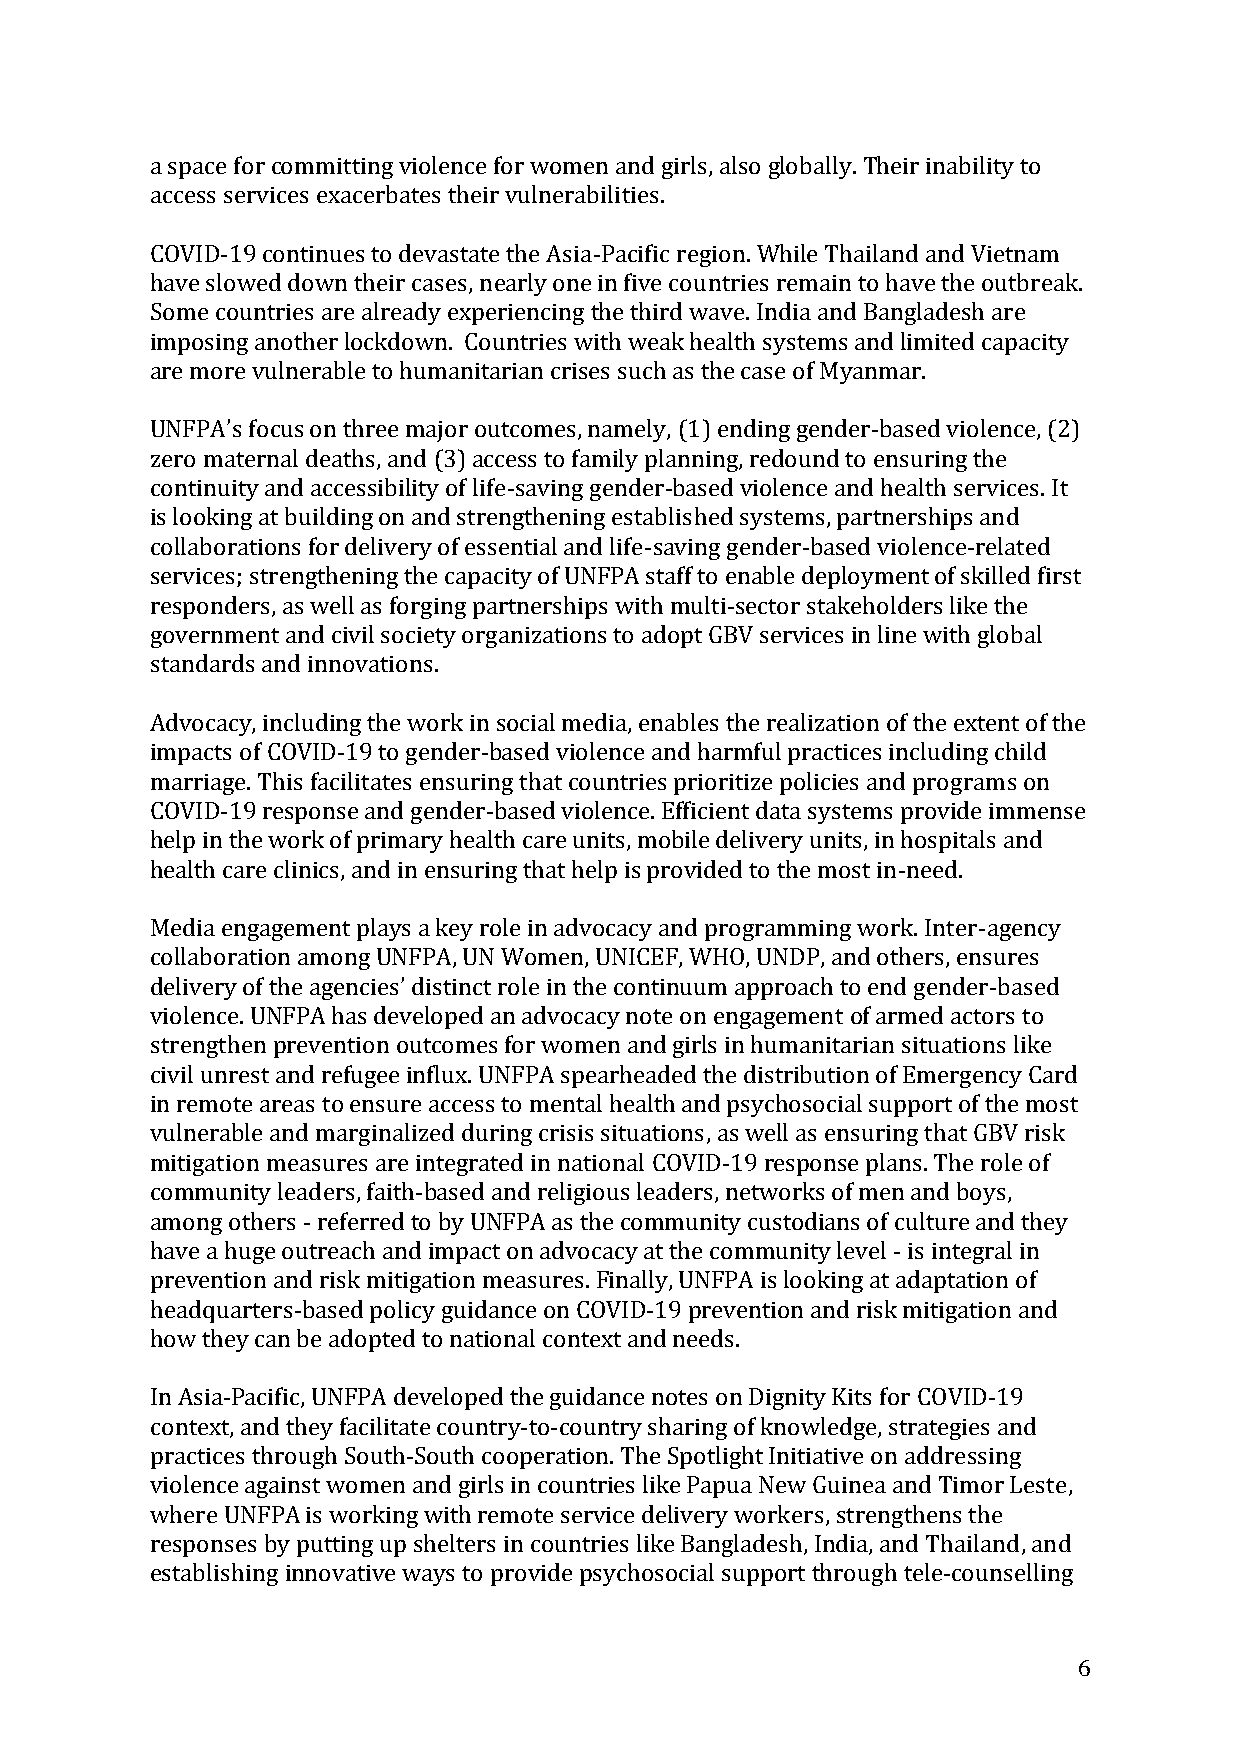
a space for committing violence for women and girls, also globally. Their inability to
 access services exacerbates their vulnerabilities.
 COVID-19 continues to devastate the Asia-Pacific region. While Thailand and Vietnam
 have slowed down their cases, nearly one in five countries remain to have the outbreak.
 Some countries are already experiencing the third wave. India and Bangladesh are
 imposing another lockdown. Countries with weak health systems and limited capacity
 are more vulnerable to humanitarian crises such as the case of Myanmar.
 UNFPA’s focus on three major outcomes, namely, (1) ending gender-based violence, (2)
 zero maternal deaths, and (3) access to family planning, redound to ensuring the
 continuity and accessibility of life-saving gender-based violence and health services. It
 is looking at building on and strengthening established systems, partnerships and
 collaborations for delivery of essential and life-saving gender-based violence-related
 services; strengthening the capacity of UNFPA staff to enable deployment of skilled first
 responders, as well as forging partnerships with multi-sector stakeholders like the
 government and civil society organizations to adopt GBV services in line with global
 standards and innovations.
 Advocacy, including the work in social media, enables the realization of the extent of the
 impacts of COVID-19 to gender-based violence and harmful practices including child
 marriage. This facilitates ensuring that countries prioritize policies and programs on
 COVID-19 response and gender-based violence. Efficient data systems provide immense
 help in the work of primary health care units, mobile delivery units, in hospitals and
 health care clinics, and in ensuring that help is provided to the most in-need.
 Media engagement plays a key role in advocacy and programming work. Inter-agency
 collaboration among UNFPA, UN Women, UNICEF, WHO, UNDP, and others, ensures
 delivery of the agencies’ distinct role in the continuum approach to end gender-based
 violence. UNFPA has developed an advocacy note on engagement of armed actors to
 strengthen prevention outcomes for women and girls in humanitarian situations like
 civil unrest and refugee influx. UNFPA spearheaded the distribution of Emergency Card
 in remote areas to ensure access to mental health and psychosocial support of the most
 vulnerable and marginalized during crisis situations, as well as ensuring that GBV risk
 mitigation measures are integrated in national COVID-19 response plans. The role of
 community leaders, faith-based and religious leaders, networks of men and boys,
 among others - referred to by UNFPA as the community custodians of culture and they
 have a huge outreach and impact on advocacy at the community level - is integral in
 prevention and risk mitigation measures. Finally, UNFPA is looking at adaptation of
 headquarters-based policy guidance on COVID-19 prevention and risk mitigation and
 how they can be adopted to national context and needs.
 In Asia-Pacific, UNFPA developed the guidance notes on Dignity Kits for COVID-19
 context, and they facilitate country-to-country sharing of knowledge, strategies and
 practices through South-South cooperation. The Spotlight Initiative on addressing
 violence against women and girls in countries like Papua New Guinea and Timor Leste,
 where UNFPA is working with remote service delivery workers, strengthens the
 responses by putting up shelters in countries like Bangladesh, India, and Thailand, and
 establishing innovative ways to provide psychosocial support through tele-counselling
 6